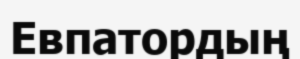
Евпатордың